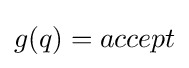
g(q)=accept